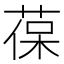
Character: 葆